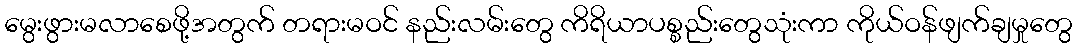
မွေးဖွားမလာစေဖို့အတွက် တရားမဝင် နည်းလမ်းတွေ ကိရိယာပစ္စည်းတွေသုံးကာ ကိုယ်ဝန်ဖျက်ချမှုတွေ